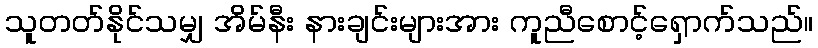
သူတတ်နိုင်သမျှ အိမ်နီး နားချင်းများအား ကူညီစောင့်ရှောက်သည်။